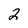
Character: 2